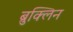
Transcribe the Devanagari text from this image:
ब्रुक्लिन